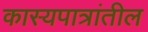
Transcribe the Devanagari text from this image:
कास्यपात्रांतील